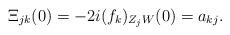
LaTeX: \begin{align*}\Xi_{jk}(0)=-2i(f_k)_{Z_j W}(0)=a_{kj}.\end{align*}